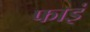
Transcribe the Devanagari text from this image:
फाइं